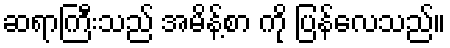
ဆရာကြီးသည် အမိန့်စာ ကို ပြန်လေသည်။